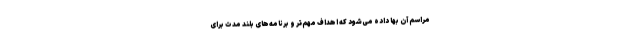
مراسم آن بها داده می‌شود که اهداف مهم‌تر و برنامه‌های بلند مدت برای